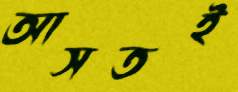
আসতই